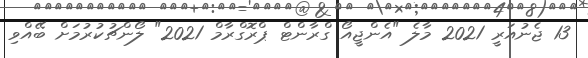
13 ޖެނުއަރީ 2021 މާލެ "އެންޖީއޯ ގްރާންޓް ޕްރޮގްރާމް 2021" ލޯންޗުކުރުމަށް ބޭއްވި